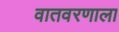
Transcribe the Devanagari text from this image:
वातवरणाला